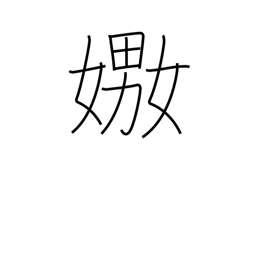
Meaning: play with